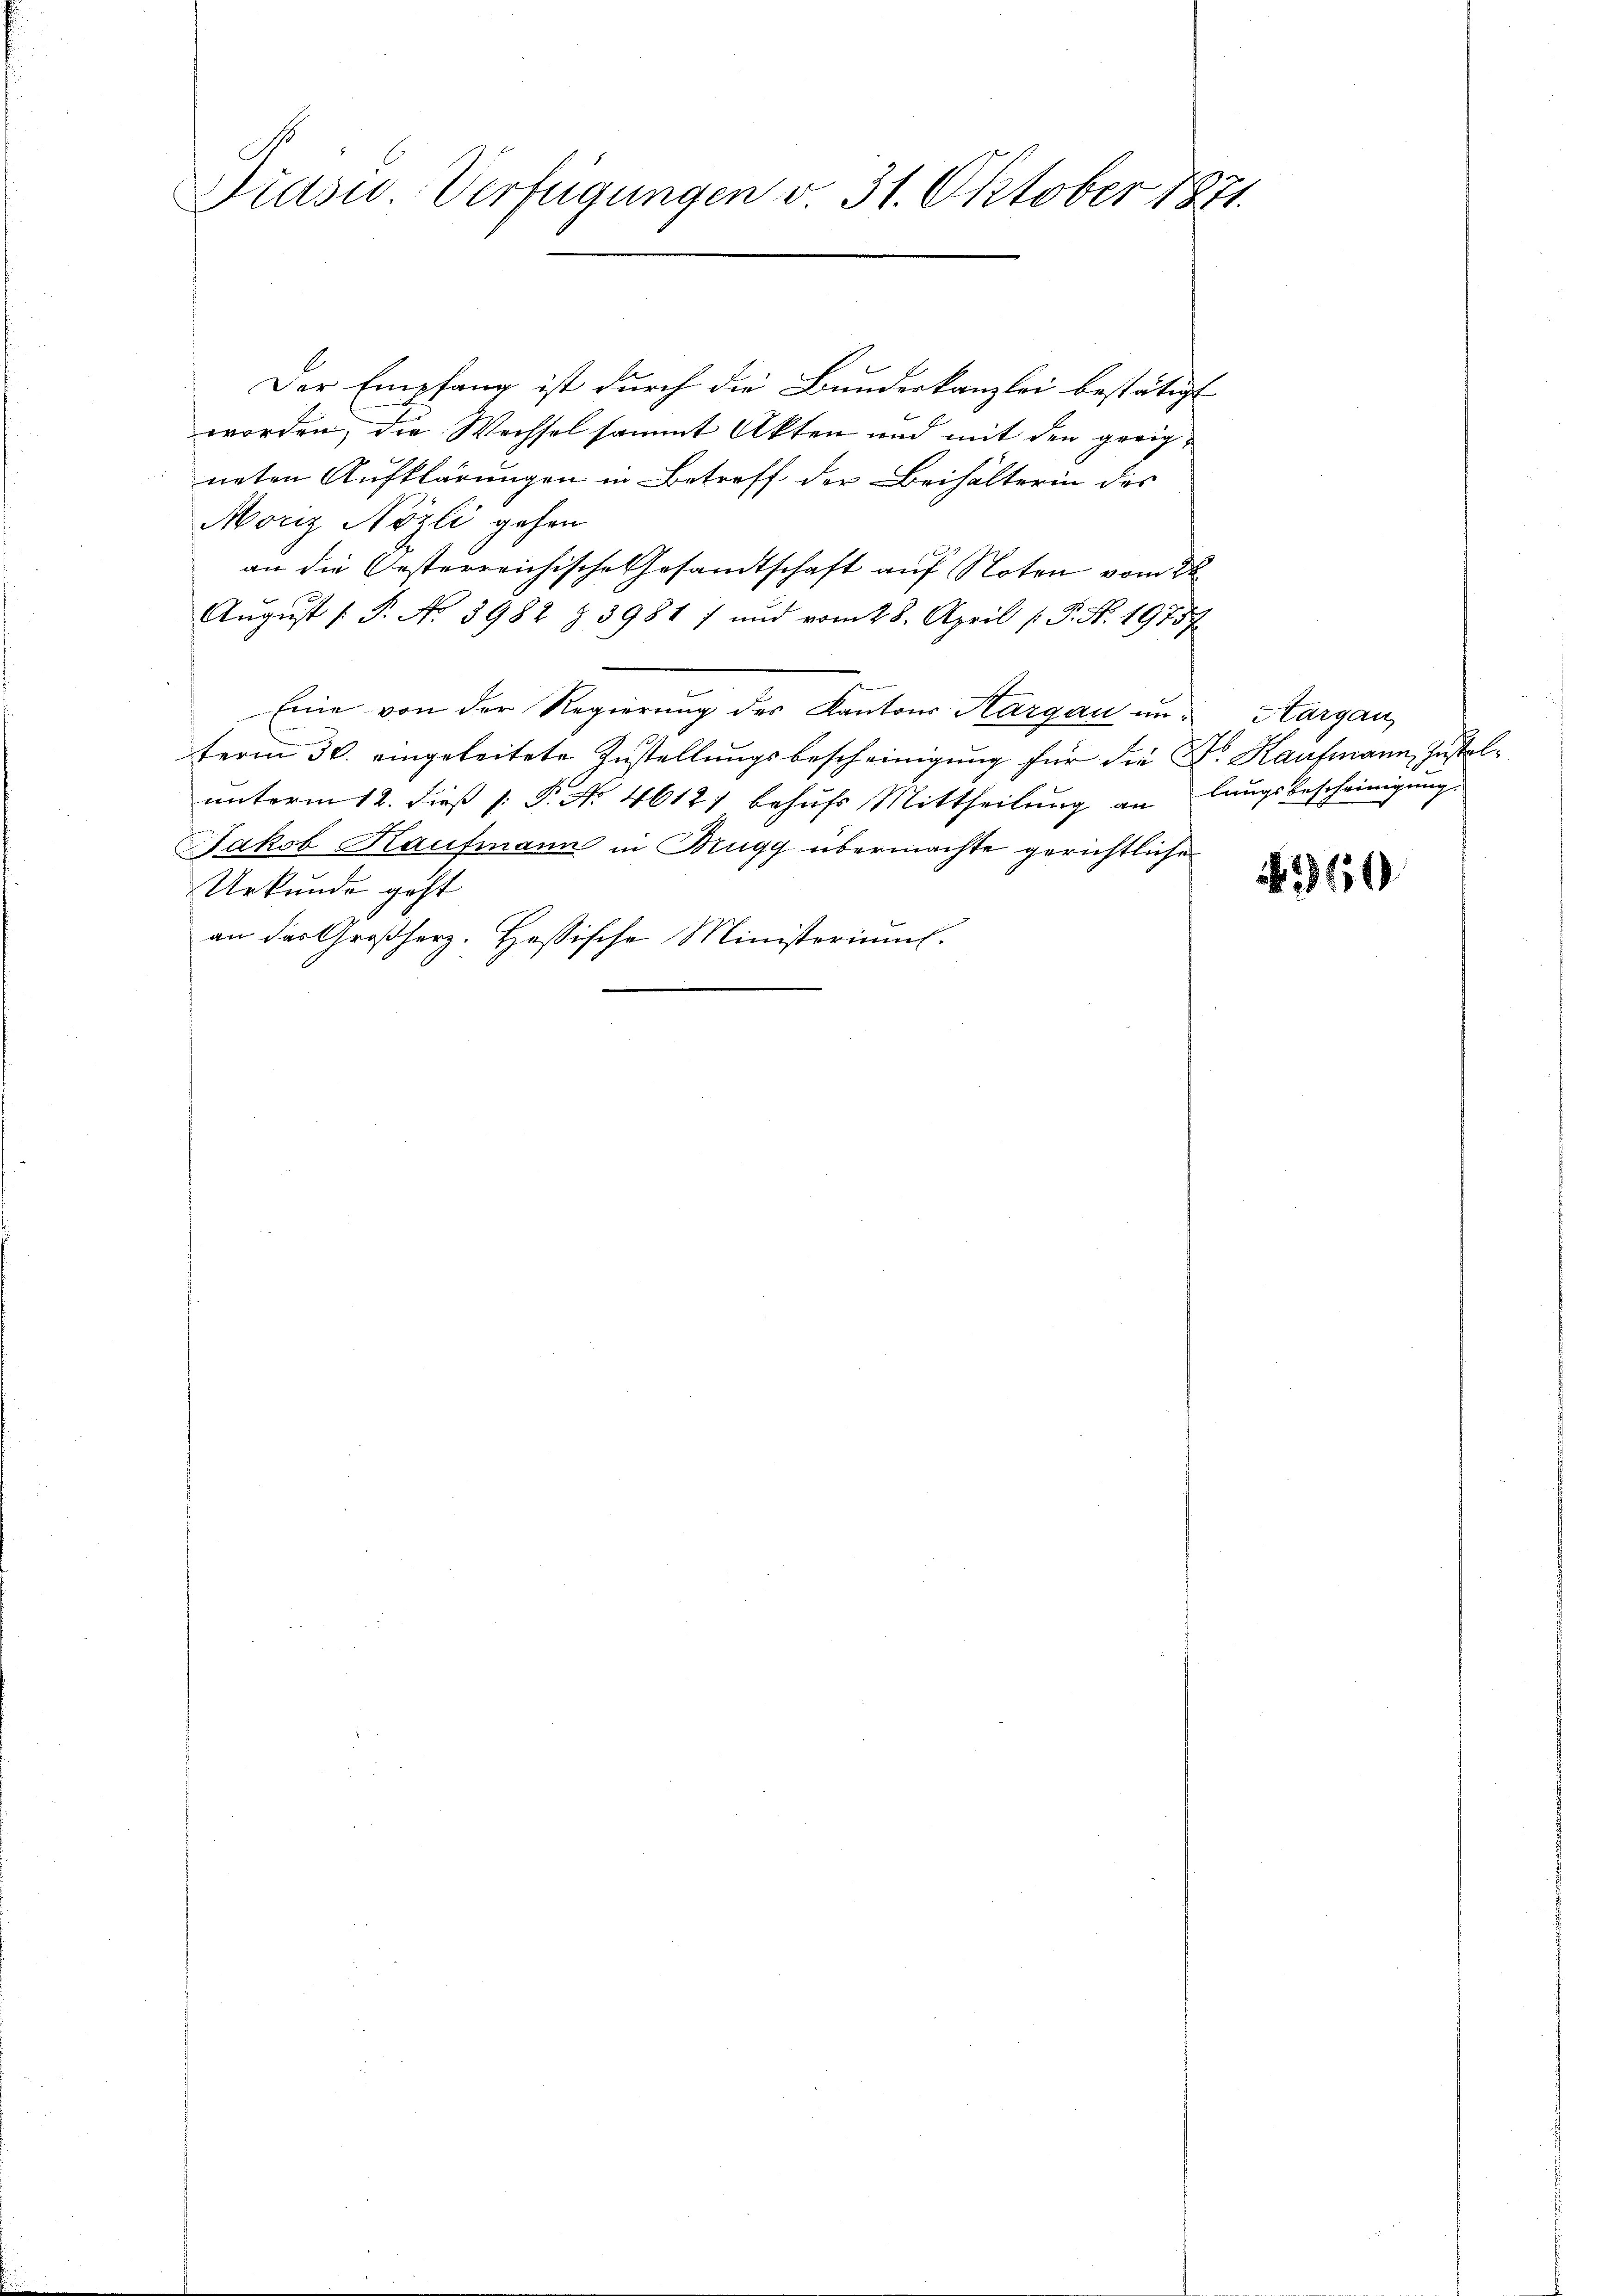
Diasu. Verfügungen v. 31. Oktober 1871.

Der Empfang ist durch die Bundeskanzlei bestätigt
worden, die Wechsel sammt Akten und mit den geeigneten Aufklärungen in Betreff der Beihälterin des
Moriz Nözli gehen
an die Oesterreichische Gesandtschaft auf Noten vom 22
Aŭgŭst (S. No 3982 § 3981 7 und vom 28. April [ P. Nr. 19737.
Eine von der Regierung des Kantons Aargau unterm 30. eingeleitete Zustellungsbescheinigung für die Dr. Kaufmann, zustelunterm 12. dieß [ P. Nr. 4612) behufs Mittheilung an langsbescheinigung.
Jakob Kaufmann in Rügg übermachte gerichtliche
Urkunde geht
an das Großherz. Hassische Ministoriums.

Aargau

60